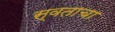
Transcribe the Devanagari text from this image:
स्वताचा